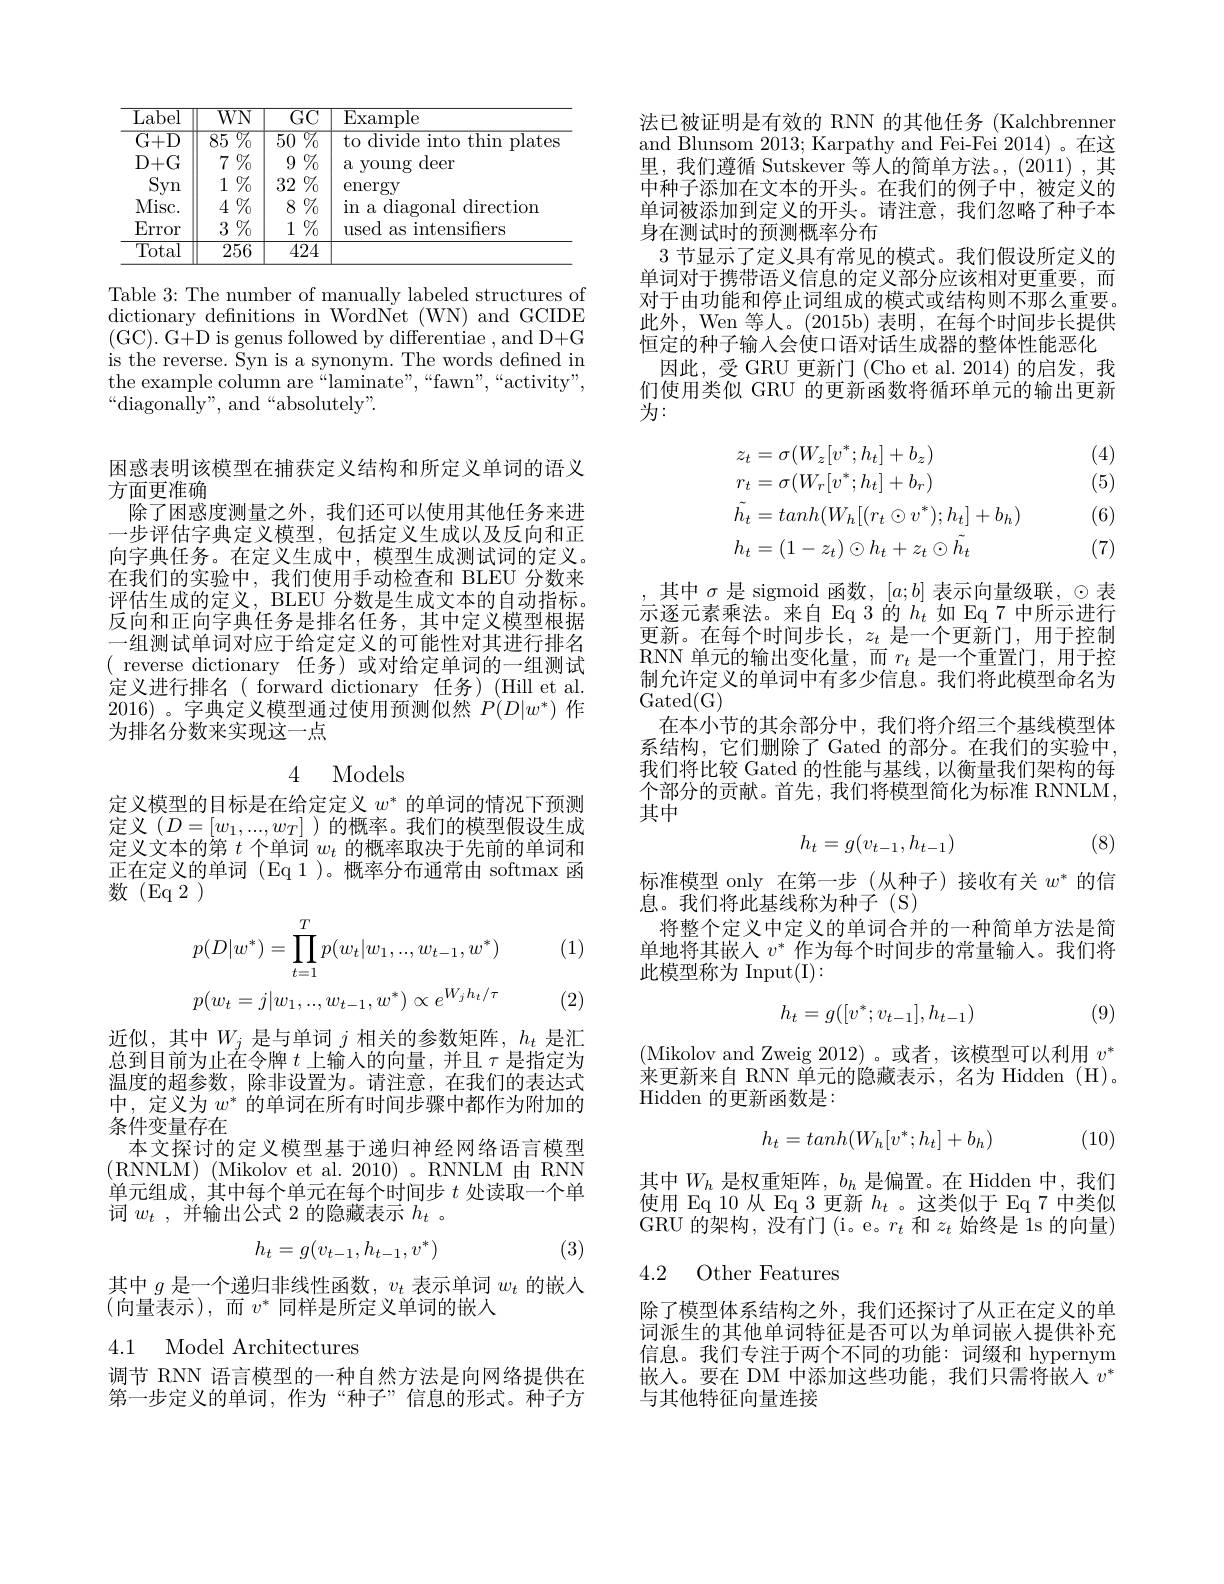
<table>
	<tbody>
		<tr>
			<th>$\overline{\mathrm{Label}}$</th>
			<th>$\overline{WN}$</th>
			<th>$\overline{\mathrm{GC}}$</th>
			<th>$\overline{{\mathrm{Example}}}$</th>
		</tr>
		<tr>
			<td>$\overline{\mathrm{G+D}}$</td>
			<td>$\overline{85\:\%}$</td>
			<td>$\overline{50\:\%}$</td>
			<td>to divide into thin plates</td>
		</tr>
		<tr>
			<td>$D+G$</td>
			<td>$\%$ $7^{(}$</td>
			<td>$\%_0$ 9</td>
			<td>deer a voung</td>
		</tr>
		<tr>
			<td>Syn</td>
			<td>$\%_0$ 1</td>
			<td>$\%_{0}$ 32</td>
			<td>energy</td>
		</tr>
		<tr>
			<td>Misc. </td>
			<td>$4\%$</td>
			<td>$\%_{0}$ $8^{(}$ </td>
			<td>in a diagonal $\operatorname{direction}$</td>
		</tr>
		<tr>
			<td>Error</td>
			<td>$3\%$</td>
			<td>$\%_{0}$ 1</td>
			<td>intensifiers used as</td>
		</tr>
		<tr>
			<td>$\overline{\mathrm{Total}}$</td>
			<td>$\overline{256}$</td>
			<td>424</td>
			<td> </td>
		</tr>
	</tbody>
</table>

Table 3: The number of manually labeled structures of dictionary defnitions in WordNet (WN) and GCIDE (GC). G+D is genus followed by differentiae , and D+G is the reverse. Syn is a synonym. The words defined in the example column are“laminate”,“fawn",“activity”, $“$diagonally", and“absolutely”.

困惑表明该模型在捕获定义结构和所定义单词的语义
方面更准确
除了困惑度测量之外，我们还可以使用其他任务来进一步评估字典定义模型，包括定义生成以及反向和正向字典任务。在定义生成中，模型生成测试词的定义。在我们的实验中，我们使用手动检查和 BLEU 分数来评估生成的定义，BLEU 分数是生成文本的自动指标。反向和正向字典任务是排名任务，其中定义模型根据一组测试单词对应于给定定义的可能性对其进行排名$({\mathrm{~reverse~dictionary~}}$任务)或对给定单词的一组测试定义进行排名( forward dictionary 任务)(Hill et al. 2016)。字典定义模型通过使用预测似然$P(D|w^*)$ 作为排名分数来实现这一点

定义模型的目标是在给定定义$w^*$的单词的情况下预测定义($D=[w_1,...,w_T]$)的概率。我们的模型假设生成定义文本的第$t$个单词$w_t$的概率取决于先前的单词和正在定义的单词 (Eq 1)。概率分布通常由 softmax 函数(Eq2)

(1)
$$\begin{aligned}&p(D|w^{*})=\prod_{t=1}^{T}p(w_{t}|w_{1},..,w_{t-1},w^{*})\\&p(w_{t}=j|w_{1},..,w_{t-1},w^{*})\propto e^{W_{j}h_{t}/\tau}\end{aligned}$$
(2)

近似，其中$W_j$是与单词$j$相关的参数矩阵，$h_t$是汇总到目前为止在令牌$t$上输入的向量，并且$\tau$是指定为温度的超参数，除非设置为。请注意，在我们的表达式中，定义为$w^*$的单词在所有时间步骤中都作为附加的条件变量存在
本文探讨的定义模型基于递归神经网络语言模型单元组成，其中每个单元在每个时间步$t$处读取一个单词$w_t$,并输出公式 2 的隐藏表示$h_t$ 。
$$h_t=g(v_{t-1},h_{t-1},v^*)$$
(3)

其中$g$是一个递归非线性函数，$v_t$表示单词$w_t$的嵌人
$(\bar{\text{向量表示}})$,而 $v^*$ 同样是所定义单词的嵌人

## 4.1 Model Architectures

调节 RNN 语言模型的一种自然方法是向网络提供在第一步定义的单词，作为“种子”信息的形式。种子方

法已被证明是有效的 RNN 的其他任务 (Kalchbrenner and Blunsom 2013; Karpathy and Fei-Fei 2014)。在这里，我们遵循 Sutskever 等人的简单方法。(2011) ,其中种子添加在文本的开头。在我们的例子中，被定义的单词被添加到定义的开头。请注意，我们忽略了种子本身在测试时的预测概率分布
3 节显示了定义具有常见的模式。我们假设所定义的单词对于携带语义信息的定义部分应该相对更重要，而对于由功能和停止词组成的模式或结构则不那么重要。此外，Wen 等人。(2015b) 表明，在每个时间步长提供恒定的种子输入会使口语对话生成器的整体性能恶化因此，受 GRU 更新门 (Cho et al. 2014)的启发，我们使用类似 GRU 的更新函数将循环单元的输出更新为：

(4) (5)
$$\begin{aligned}&z_{t}=\sigma(W_{z}[v^{*};h_{t}]+b_{z})\\&r_{t}=\sigma(W_{r}[v^{*};h_{t}]+b_{r})\\&\tilde{h_{t}}=tanh(W_{h}[(r_{t}\odot v^{*});h_{t}]+b_{h})\\&h_{t}=(1-z_{t})\odot h_{t}+z_{t}\odot\tilde{h_{t}}\end{aligned}$$
(6)

(7)

其中$\sigma$是 sigmoid 函数，$[a;b]$表示向量级联，$\odot$表示逐元素乘法。来自 Eq 3的$h_t$如 Eq 7 中所示进行更新。在每个时间步长，$z_t$是一个更新门，用于控制RNN 单元的输出变化量，而$r_t$是一个重置门，用于控制允许定义的单词中有多少信息。我们将此模型命名为$\operatorname{Gated}($G)
在本小节的其余部分中，我们将介绍三个基线模型体系结构，它们删除了 Gated 的部分。在我们的实验中我们将比较 Gated 的性能与基线，以衡量我们架构的每个部分的贡献。首先，我们将模型简化为标准 RNNLM, 其中

(8)
$$h_t=g(v_{t-1},h_{t-1})$$
标准模型 only 在第一步 (从种子)接收有关$w^*$的信
息。我们将此基线称为种子(S)
将整个定义中定义的单词合并的一种简单方法是简单地将其嵌人$v^*$作为每个时间步的常量输入。我们将$\bar{\text{此模型称为 Input(I)}}:$

(9)
$$h_t=g([v^*;v_{t-1}],h_{t-1})$$
(Mikolov and Zweig 2012)。或者，该模型可以利用$v^*$ 来更新来自 RNN 单元的隐藏表示，名为 Hidden (H)。Hidden 的更新函数是：
$$h_t=tanh(W_h[v^*;h_t]+b_h)$$
(10)

其中$W_h$ 是权重矩阵，$b_h$ 是偏置。在 Hidden 中，我们使用 Eq 10 从 Eq 3 更新$h_t$ 。这类似于 Eq 7 中类似GRU 的架构，没有门 (i。e。$r_t$和$z_t$始终是 1s 的向量)

4.2 Other Features

除了模型体系结构之外，我们还探讨了从正在定义的单词派生的其他单词特征是否可以为单词嵌人提供补充信息。我们专注于两个不同的功能：词缀和 hypernym 嵌入。要在 DM 中添加这些功能，我们只需将嵌人$v^*$ 与其他特征向量连接